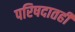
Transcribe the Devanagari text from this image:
परिषदातही